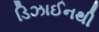
ડિઝાઈનથી